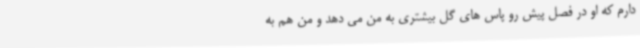
دارم که او در فصل پیش رو پاس های گل بیشتری به من می دهد و من هم به